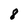
Character: 8